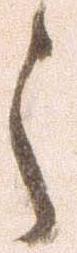
之